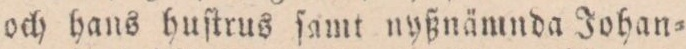
och hans huſtrus ſamt nyßnämnda Johan=